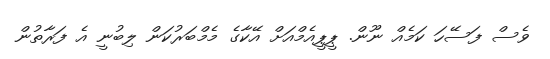
ވެސް ފަސޭހަ ކަމެއް ނޫން. ޕީޕީއެމްއަށް އޭކާގެ މެމްބަރުކަން ލިބުނީ އެ ފަރާތުން